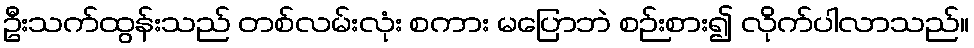
ဦးသက်ထွန်းသည် တစ်လမ်းလုံး စကား မပြောဘဲ စဉ်းစား၍ လိုက်ပါလာသည်။